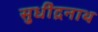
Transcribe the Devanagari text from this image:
सुधींद्रनाथ